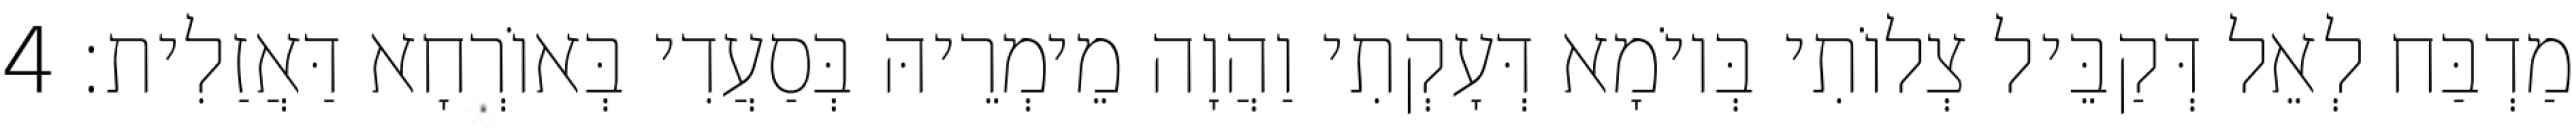
מַדְבַּח לְאֵל דְּקַבֵּיל צְלוֹתִי בְּיוֹמָא דְּעָקְתִי וַהֲוָה מֵימְרֵיהּ בְּסַעֲדִי בְּאוֹרְחָא דַּאֲזַלִית׃ 4